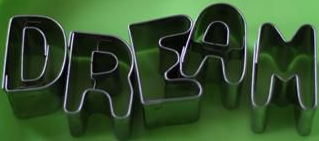
DREAM